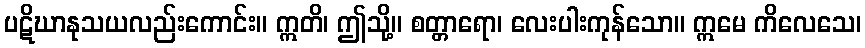
ပဋိဃာနုသယလည်းကောင်း။ ဣတိ၊ ဤသို့။ စတ္တာရော၊ လေးပါးကုန်သော။ ဣမေ ကိလေသေ၊